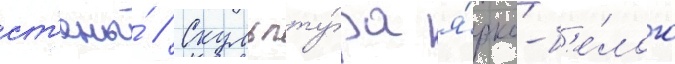
ст'ены́ // Скульпту́ра я́рко-б'е́лого